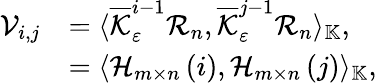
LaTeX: \begin{array}{rl}{\mathcal{V}_{i,j}}&{=\langle\overline{{\mathcal{K}}}_{\varepsilon}^{i-1}\mathcal{R}_{n},\overline{{\mathcal{K}}}_{\varepsilon}^{j-1}\mathcal{R}_{n}\rangle_{\mathbb{K}},}\\ &{=\langle\mathcal{H}_{m\times n}\left(i\right),\mathcal{H}_{m\times n}\left(j\right)\rangle_{\mathbb{K}},}\end{array}